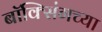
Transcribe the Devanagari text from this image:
बॉक्सिंगच्या